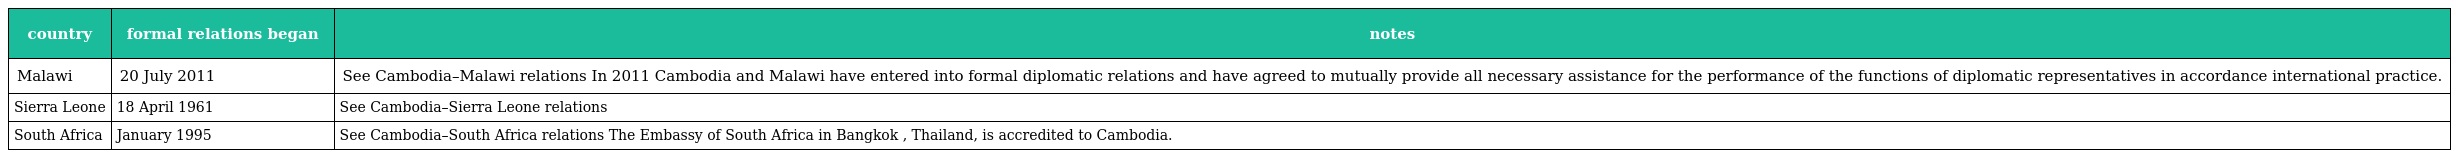
| country | formal relations began | notes |
 | --- | --- | --- |
 | Malawi | 20 July 2011 | See Cambodia–Malawi relations In 2011 Cambodia and Malawi have entered into formal diplomatic relations and have agreed to mutually provide all necessary assistance for the performance of the functions of diplomatic representatives in accordance international practice. |
 | Sierra Leone | 18 April 1961 | See Cambodia–Sierra Leone relations |
 | South Africa | January 1995 | See Cambodia–South Africa relations The Embassy of South Africa in Bangkok , Thailand, is accredited to Cambodia. |